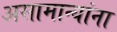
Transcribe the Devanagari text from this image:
असामान्यांना